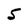
Character: 5